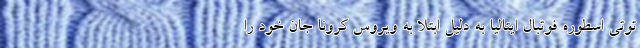
توتی اسطوره فوتبال ایتالیا به دلیل ابتلا به ویروس کرونا جان خود را